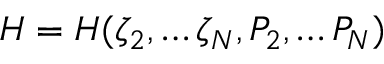
{ \cal H } = { \cal H } ( \zeta _ { 2 } , \dots \zeta _ { \cal N } , P _ { 2 } , \dots P _ { \cal N } )